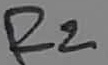
Text: R2